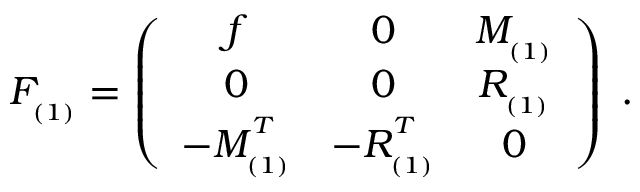
F _ { _ { ( 1 ) } } = \left( \begin{array} { c c c } { { f } } & { { 0 } } & { { M _ { _ { ( 1 ) } } } } \\ { { 0 } } & { { 0 } } & { { R _ { _ { ( 1 ) } } } } \\ { { - M _ { _ { ( 1 ) } } ^ { ^ T } } } & { { - R _ { _ { ( 1 ) } } ^ { ^ T } } } & { { 0 } } \end{array} \right) \; .